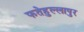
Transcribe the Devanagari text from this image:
फतेहुल्लापुर